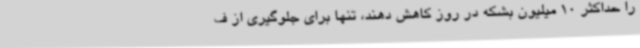
را حداکثر 10 میلیون بشکه در روز کاهش دهند، تنها برای جلوگیری از ف